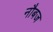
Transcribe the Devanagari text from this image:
नौबज